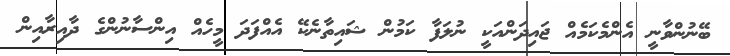
ބޭނުންވާނީ އެންމެކަމެއް ޖައިދަންއަކީ ނުލަފާ ކަމުން ޝައިތާނެކޭ އެއްފަދަ މީހެއް އިންސާނުންގެ ދާއިރާއިން